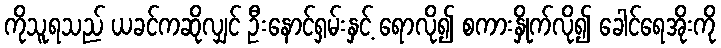
ကိုသူရသည် ယခင်ကဆိုလျှင် ဦးနောင်ရှမ်းနှင့် ရောလို၍ စကားနှိုက်လို၍ ခေါင်ရေအိုးကို